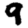
Digit: 9